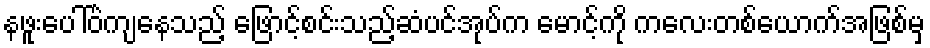
နဖူးပေါ်ဝဲကျနေသည့် ဖြောင့်စင်းသည့်ဆံပင်အုပ်က မောင့်ကို ကလေးတစ်ယောက်အဖြစ်မှ